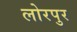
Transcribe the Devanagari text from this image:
लोरपुर